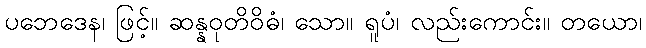
ပဘေဒေန၊ ဖြင့်။ ဆန္နဝုတိဝိဓံ၊ သော။ ရူပံ၊ လည်းကောင်း။ တယော၊